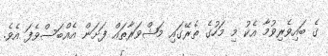
ގެ ބައިވެރިވުމާ އެކު މި މަހުގެ ތެރޭގައި މަޝްވަރާތައް ފަށަން އެއްބަސްވެފަ އެވެ.